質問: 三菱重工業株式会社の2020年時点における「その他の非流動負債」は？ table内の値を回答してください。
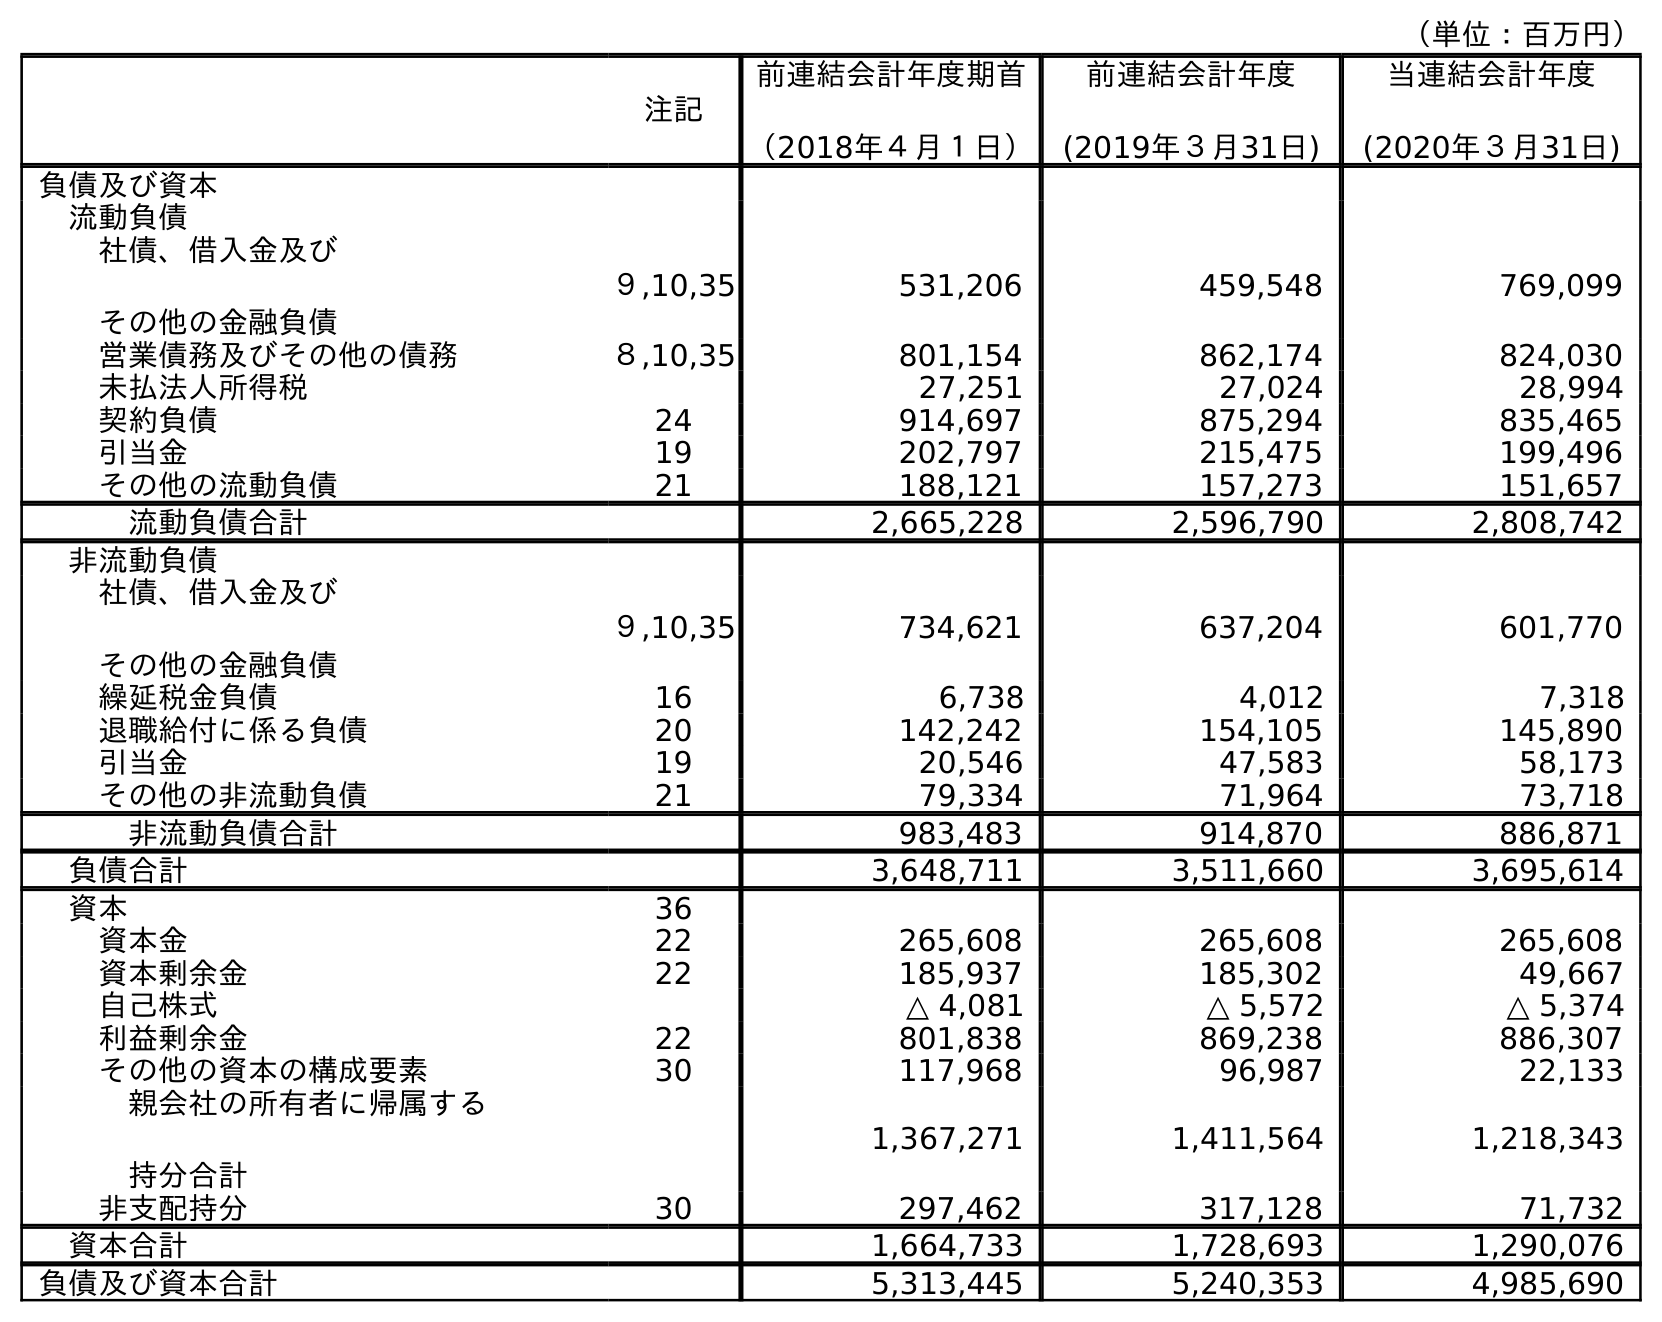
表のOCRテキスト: （単位：百万円） 注記 前連結会計年度期首 （2018年４月１日） 前連結会計年度 (2019年３月31日) 当連結会計年度 (2020年３月31日) 負債及び資本 流動負債 社債、借入金及び その他の金融負債 ９,10,35 531,206 459,548 769,099 営業債務及びその他の債務 ８,10,35 801,154 862,174 824,030 未払法人所得税 27,251 27,024 28,994 契約負債 24 914,697 875,294 835,465 引当金 19 202,797 215,475 199,496 その他の流動負債 21 188,121 157,273 151,657 流動負債合計 2,665,228 2,596,790 2,808,742 非流動負債 社債、借入金及び その他の金融負債 ９,10,35 734,621 637,204 601,770 繰延税金負債 16 6,738 4,012 7,318 退職給付に係る負債 20 142,242 154,105 145,890 引当金 19 20,546 47,583 58,173 その他の非流動負債 21 79,334 71,964 73,718 非流動負債合計 983,483 914,870 886,871 負債合計 3,648,711 3,511,660 3,695,614 資本 36 資本金 22 265,608 265,608 265,608 資本剰余金 22 185,937 185,302 49,667 自己株式 △ 4,081 △ 5,572 △ 5,374 利益剰余金 22 801,838 869,238 886,307 その他の資本の構成要素 30 117,968 96,987 22,133 親会社の所有者に帰属する 持分合計 1,367,271 1,411,564 1,218,343 非支配持分 30 297,462 317,128 71,732 資本合計 1,664,733 1,728,693 1,290,076 負債及び資本合計 5,313,445 5,240,353 4,985,690
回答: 73,718